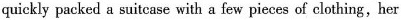
quickiy packed a suitcase with a few pieces of clothing,her